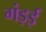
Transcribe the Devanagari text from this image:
गंड़ई